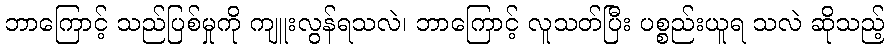
ဘာကြောင့် သည်ပြစ်မှုကို ကျူးလွန်ရသလဲ၊ ဘာကြောင့် လူသတ်ပြီး ပစ္စည်းယူရ သလဲ ဆိုသည့်